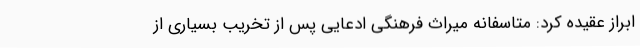
ابراز عقیده کرد: متاسفانه میراث فرهنگی ادعایی پس از تخریب بسیاری از